Leaving Certificate Examination (including Day School Certificate (Higher) General paper), 1926
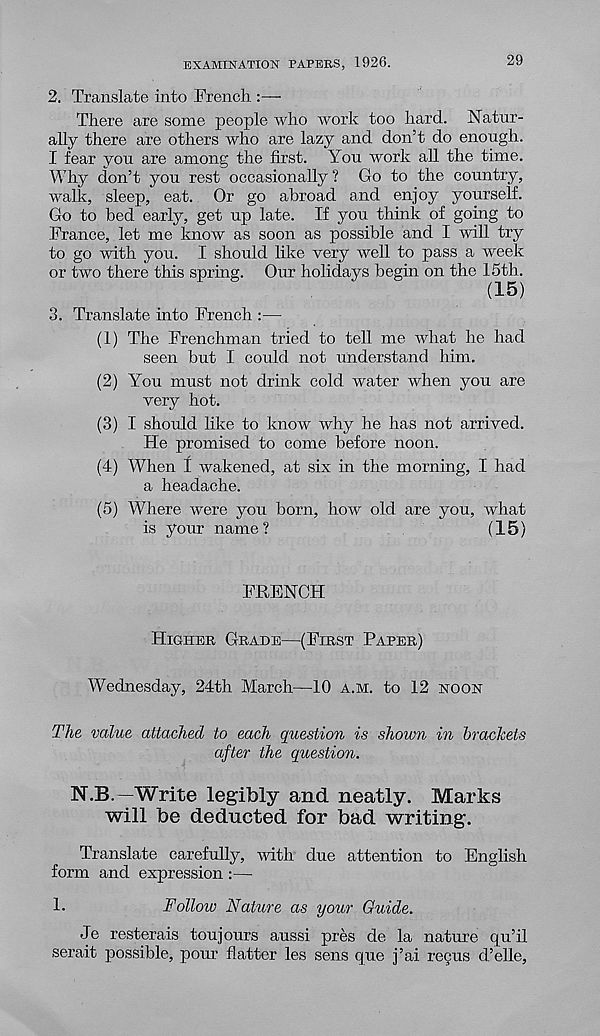
EXAMINATION PAPERS, 1926.
29
2. Translate into French
There are some people who work too hard. Natur-
ally there are others who are lazy and don’t do enough.
I fear you are among the first. You work all the time.
Why don’t you rest occasionally ? Go to the country,
walk, sleep, eat. Or go abroad and enjoy yourself.
Go to bed early, get up late. If you think of going to
France, let me know as soon as possible and I will try
to go with you. I should like very well to pass a week
or two there this spring. Our holidays begin on the 15th.
3. Translate into French :—
(1) The Frenchman tried to tell me what he had
seen but I could not understand him.
(2) You must not drink cold water when you are
very hot.
(3) I should like to know why he has not arrived.
Fie promised to come before noon.
(4) When t wakened, at six in the morning, I had
a headache.
(5) Where were you born, how old are you, what
is your name ?
(15)
FRENCH
Higher Grade—(First Parer)
Wednesday, 24th March—10 a.m. to 12 noon
The value attached to each question is shown in brackets
after the question.
N.B.—Write legibly and neatly. Marks
will be deducted for bad writing.
Translate carefully, with due attention to English
form and expression :—
1-
Follow Nature as your Guide.
Je resterais toujours aussi pres de la nature qu’il
serait possible, pour flatter les sens que j’ai reQus d’elle.